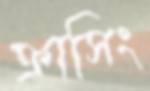
ক্রাসিং